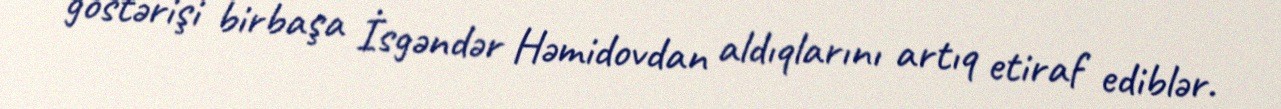
göstərişi birbaşa İsgəndər Həmidovdan aldıqlarını artıq etiraf ediblər.